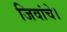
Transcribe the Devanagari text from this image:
जिवांचे।